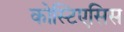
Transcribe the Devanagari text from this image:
कोस्टिएसिस